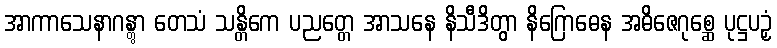
အာကာသေနာဂန္တွာ တေသံ သန္တိကေ ပညတ္တေ အာသနေ နိသီဒိတွာ နိဂြောဓေန အဓိဇေဂုစ္ဆေ ပုဋ္ဌပဉှံ